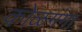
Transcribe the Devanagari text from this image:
कोळगंगा